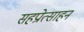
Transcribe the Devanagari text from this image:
सहप्रोत्साहन